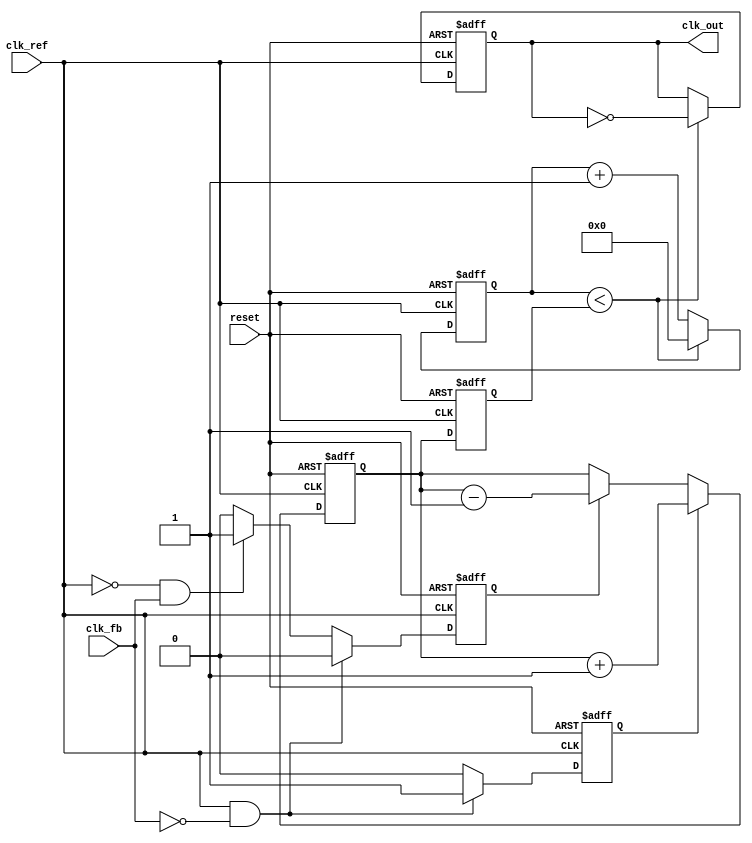
module PLL (
    input wire clk_ref,        // Reference clock input
    input wire clk_fb,         // Feedback clock input
    input wire reset,          // Asynchronous reset
    output reg clk_out         // Output clock
);

    // PFD Signals
    reg up;
    reg down;

    // Charge Pump Signals
    reg [7:0] charge;          // Charge level
    reg [7:0] voltage;         // Voltage control signal for VCO

    // VCO Parameters
    parameter VCO_MAX_FREQ = 8'd255; // Max frequency control value
    parameter VCO_MIN_FREQ = 8'd0;   // Min frequency control value

    // Feedback divider
    reg [3:0] feedback_divider; // Example feedback divider
    reg [3:0] counter;           // Counter for clock generation

    // PFD Logic
    always @(posedge clk_ref or posedge reset) begin
        if (reset) begin
            up <= 0;
            down <= 0;
        end else begin
            // Compare reference clock and feedback clock
            if (clk_ref && !clk_fb) begin
                up <= 1; // Reference clock is leading
                down <= 0;
            end else if (!clk_ref && clk_fb) begin
                up <= 0;
                down <= 1; // Feedback clock is leading
            end else begin
                up <= 0;
                down <= 0; // No phase difference
            end
        end
    end

    // Charge Pump Logic
    always @(posedge clk_ref or posedge reset) begin
        if (reset) begin
            charge <= 8'd0;
        end else begin
            if (up) begin
                charge <= charge + 1; // Increase charge
            end else if (down) begin
                charge <= charge - 1; // Decrease charge
            end
        end
    end

    // Loop Filter (Simple RC-like behavior)
    always @(posedge clk_ref or posedge reset) begin
        if (reset) begin
            voltage <= 8'd128; // Initial voltage level (mid-range)
        end else begin
            voltage <= charge; // Directly use charge as voltage for simplicity
        end
    end

    // VCO Logic (Simple frequency control based on voltage)
    always @(posedge clk_ref or posedge reset) begin
        if (reset) begin
            clk_out <= 0;
            counter <= 0;
        end else begin
            // Generate output clock based on voltage
            if (counter < voltage) begin
                clk_out <= ~clk_out; // Toggle output clock
                counter <= 0; // Reset counter
            end else begin
                counter <= counter + 1; // Increment counter
            end
        end
    end

endmodule